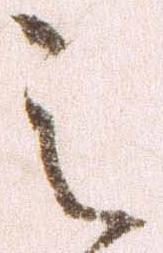
之